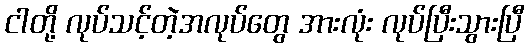
ငါတို့ လုပ်သင့်တဲ့အလုပ်တွေ အားလုံး လုပ်ပြီးသွားပြီ